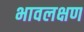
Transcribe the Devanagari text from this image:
भावलक्षण